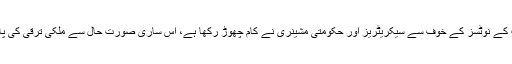
انہوں نےانکشاف کیا کہ نیب کے نوٹسز کے خوف سے سیکریٹریز اور حکومتی مشینری نے کام چھوڑ رکھا ہے، اس ساری صورت حال سے ملکی ترقی کی پالیسیوں کا نقصان ہو رہا ہے۔